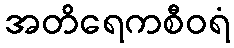
အတိရေကစီဝရံ